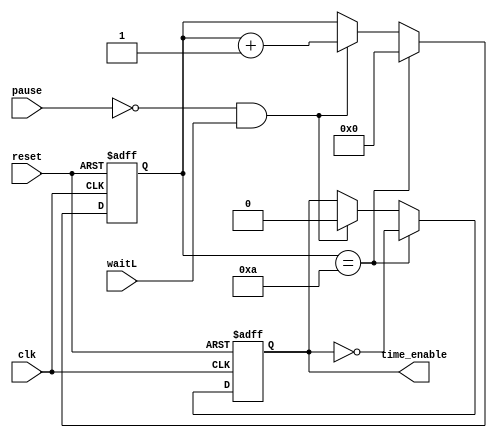
//  Time 
// 
module Time(
    // 
    input wire clk,
    // 
    input wire reset,
    // 
    input wire pause,
    // 
    input wire waitL,
    // 
    output reg time_enable
);
    //  8 
    reg [7:0]count;
    //  0
    initial begin count = 8'd0; end
    //  0
    initial begin time_enable = 0; end
    // 
    always @(posedge reset or posedge clk)
    begin
        //  1
        if(reset)
            begin
                // 
                count <= 8'd0;
                // 
                time_enable <= 0; 
            end
        //  10
        else if(count == 8'd10)//
            begin
                // 
                time_enable <= ~time_enable;
                // 
                count <= 8'd0;
            end
        //  0 1
        else if(!pause && waitL)
            begin
                //  1
                count <= count + 1'd1;
                // 
                time_enable <= 0;
            end
    end
endmodule